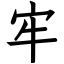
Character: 牢